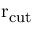
\mathrm { r _ { c u t } }